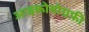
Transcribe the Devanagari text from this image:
आइकोनोग्रफ़ी